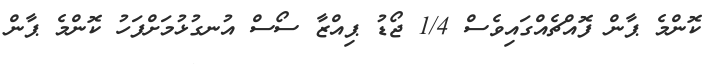
ކޮންމެ ޕާން ފޮއްޗެއްގައިވެސް 1/4 ޖޯޑު ޕިއްޒާ ސޯސް އުނގުޅުމަށްފަހު ކޮންމެ ޕާން